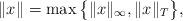
\begin{align*} \|x\|= \max \big\{\|x\|_{\infty} , \|x\|_{T}\big\}, \end{align*}